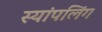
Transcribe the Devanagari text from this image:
स्यांपलिंग